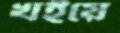
খইয়ে